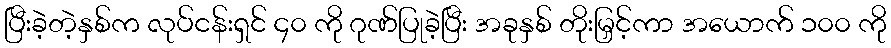
ပြီးခဲ့တဲ့နှစ်က လုပ်ငန်းရှင် ၄၀ ကို ဂုဏ်ပြုခဲ့ပြီး အခုနှစ် တိုးမြှင့်ကာ အယောက် ၁၀၀ ကို